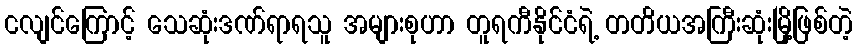
ငလျင်ကြောင့် သေဆုံးဒဏ်ရာရသူ အများစုဟာ တူရကီနိုင်ငံရဲ့ တတိယအကြီးဆုံးမြို့ဖြစ်တဲ့